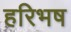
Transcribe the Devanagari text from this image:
हरिभष